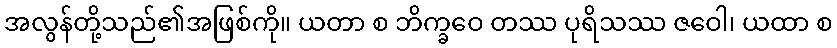
အလွန်တို့သည်၏အဖြစ်ကို။ ယတာ စ ဘိက္ခဝေ တဿ ပုရိသဿ ဇဝေါ၊ ယထာ စ